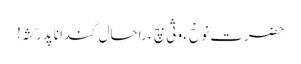
حضرت نوحؑ ءَ وثی بچ ءَ راحال گندانا پدر کثہ!